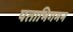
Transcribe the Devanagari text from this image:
पताभिगमन